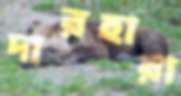
দারহারা